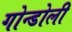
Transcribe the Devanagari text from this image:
गोन्डोली